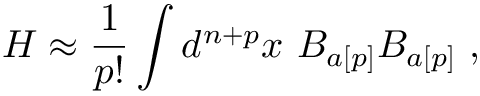
H \approx \frac { 1 } { p ! } \int d ^ { n + p } x \ B _ { a [ p ] } B _ { a [ p ] } \ ,